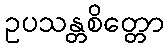
ဥပသန္တစိတ္တော